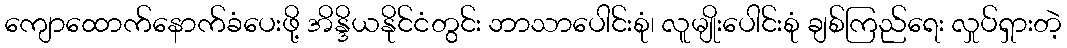
ကျောထောက်နောက်ခံပေးဖို့ အိန္ဒိယနိုင်ငံတွင်း ဘာသာပေါင်းစုံ၊ လူမျိုးပေါင်းစုံ ချစ်ကြည်ရေး လှုပ်ရှားတဲ့